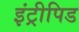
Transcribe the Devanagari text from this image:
इंट्रीपिड